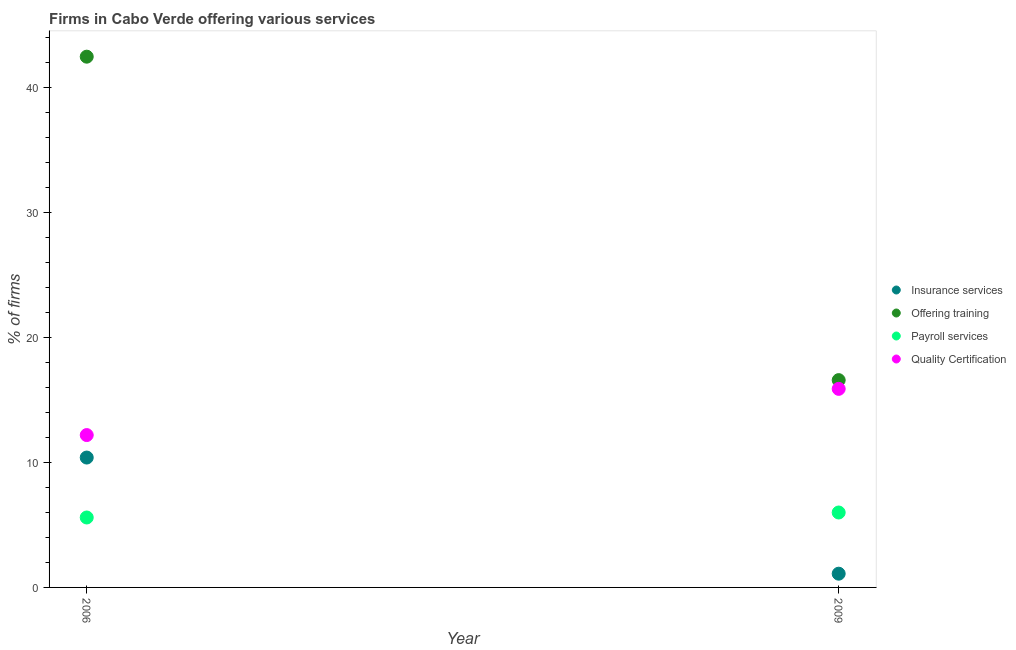
| Year | Insurance services | Offering training | Payroll services | Quality Certification |
 | --- | --- | --- | --- | --- |
 | 2006 | 10.4 | 42.5 | 5.6 | 12.2 |
 | 2009 | 1.1 | 16.6 | 6 | 15.9 |